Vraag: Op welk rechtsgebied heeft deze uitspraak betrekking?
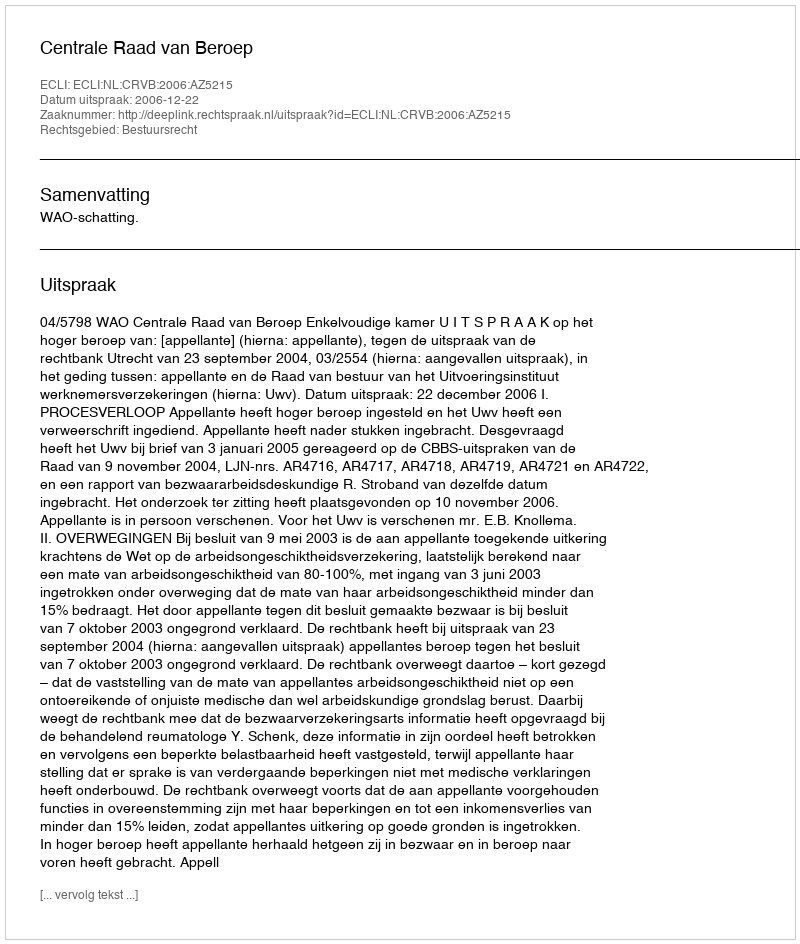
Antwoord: Bestuursrecht